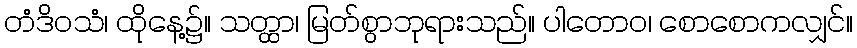
တံဒိဝသံ၊ ထိုနေ့၌။ သတ္ထာ၊ မြတ်စွာဘုရားသည်။ ပါတောဝ၊ စောစောကလျှင်။